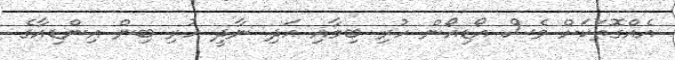
އެއްގޮތަކަށް ވެސް އޯޑިއޯން ހުރި ބިމާއި އަދި ނާދީ ހުރި ބިން އިންޑިއާގެ